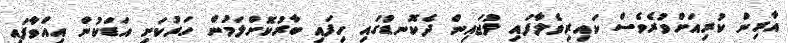
އާރިން ކުރިއަށްވުރެވެސް ކައިރިވެލާފައި ލުޖައިން ދެކޮނޑުގައި ހިފައި ބާރުކޮށްލަމުން ހަރުކަށި އަޑަކުން އިއްވާފައި